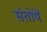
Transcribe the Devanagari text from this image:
संतोषें